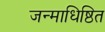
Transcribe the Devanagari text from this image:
जन्माधिष्ठित